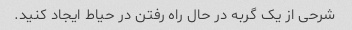
شرحی از یک گربه در حال راه رفتن در حیاط ایجاد کنید.